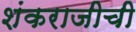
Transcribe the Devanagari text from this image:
शंकराजीची